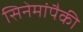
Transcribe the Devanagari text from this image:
सिनेमांपैकी